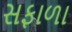
સફાળા